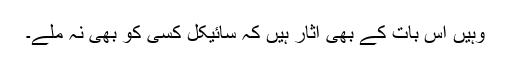
وہیں اس بات کے بھی آثار ہیں کہ سائیکل کسی کو بھی نہ ملے۔